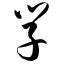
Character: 学